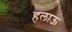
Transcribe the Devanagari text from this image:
हलाऊ